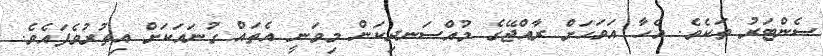
ސެންޓަރު ތަކެވެ. އެހާ އަވަހަށް ރާއްޖޭގެ މުއްސަނދިކަން މިވަނީ އެތައް ގުނައަކަށް އިތުރުވެފައެވެ.